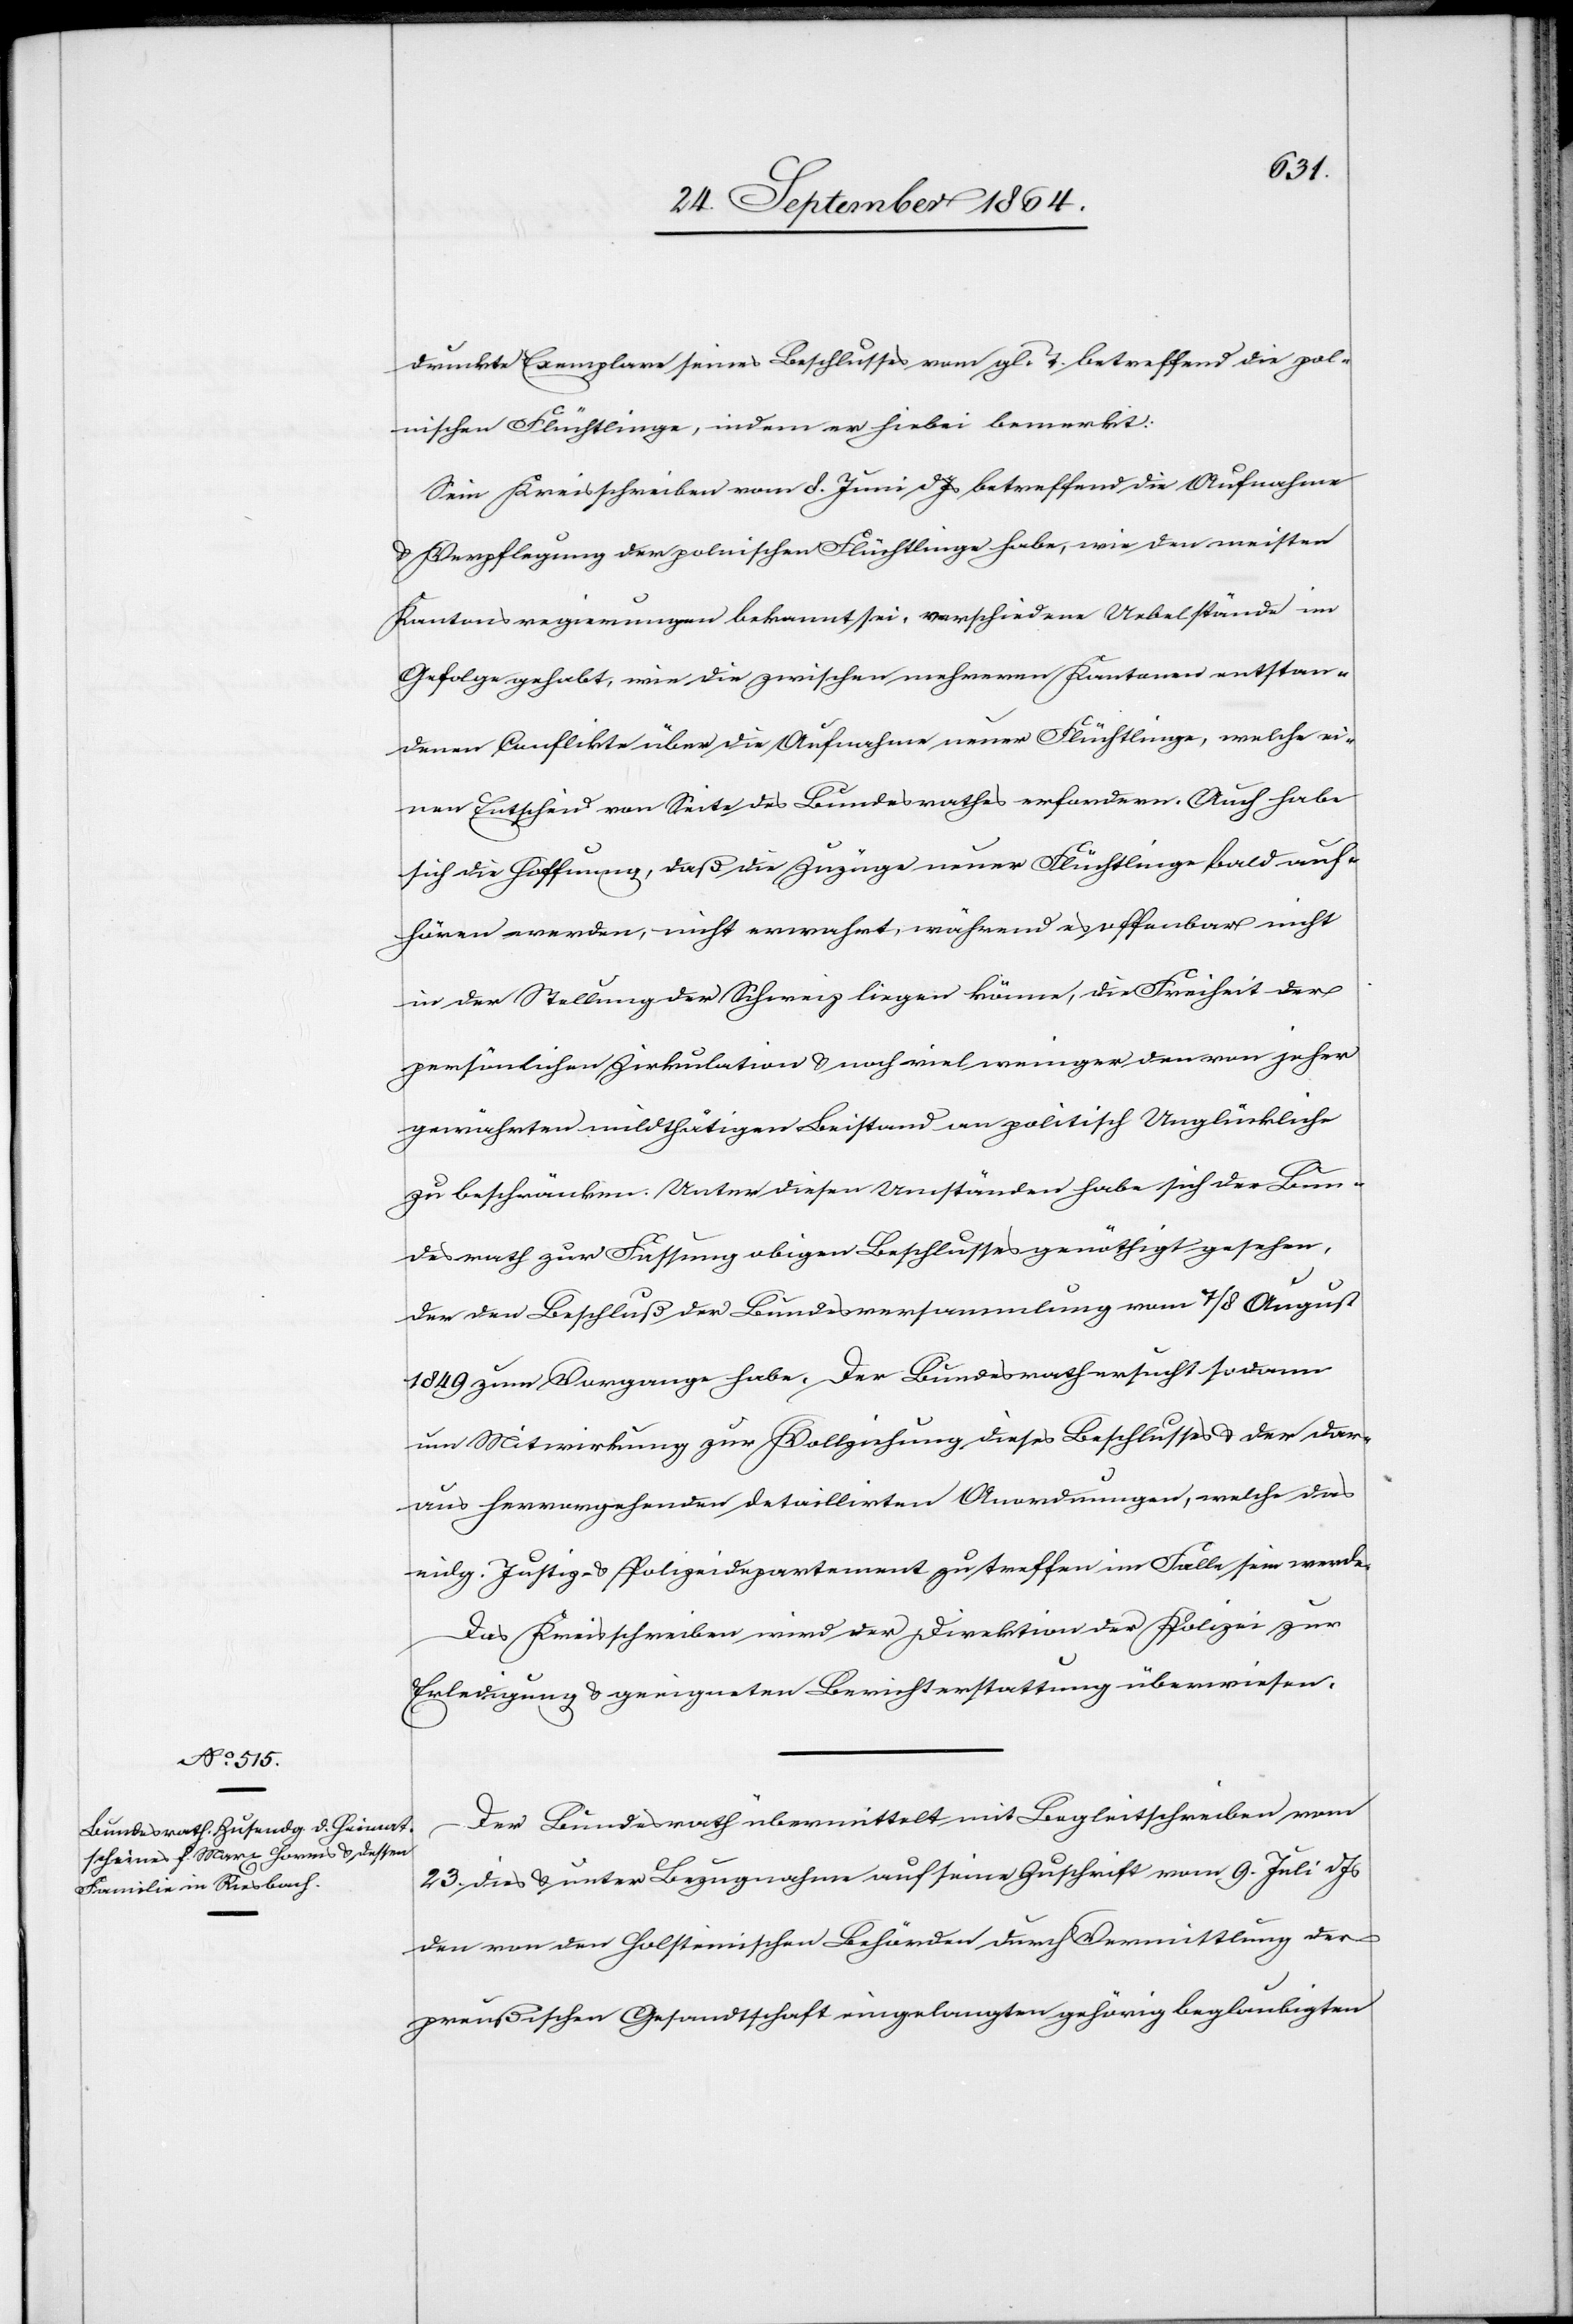
25. September 1864.]
druckte Exemplare seines Beschlusses vom gl. T. betreffend die pol¬
nischen Flüchtlinge, indem er hiebei bemerkt:
Sein Kreisschreiben vom 8. Juni d. Js betreffend die Aufnahme
& Verpflegung der polnischen Flüchtlinge habe, wie den meisten
Kantonsregierungen bekannt sei, verschiedene Uebelstände im
Gefolge gehabt, wie die zwischen mehreren Kantonen entstan¬
denen Conflikte über die Aufnahme neuer Flüchtlinge, welche ei¬
nen Entscheid von Seite des Bundesrathes erfordern. Auch habe
sich die Hoffnung, daß die Zuzüge neuer Flüchtlinge bald auf¬
hören werden, nicht erwahrt, während es offenbar nicht
in der Stellung der Schweiz liegen könne, die Freiheit der
persönlichen Zirkulation & noch viel weniger den von jeher
gewährten mildthätigen Beistand an politisch Unglückliche
zu beschränken. Unter diesen Umständen habe sich der Bun¬
desrath zur Fassung obigen Beschlusses genöthigt gesehen,
der den Beschluß der Bundesversammlung vom 7./8. August
1849 zum Vorgange habe. Der Bundesrath ersucht sodann
um Mitwirkung zur Vollziehung dieses Beschlusses & der dar¬
aus hervorgehenden detaillirten Anwendungen, welche das
eidg. Justiz- & Polizeidepartement zu treffen im Falle sein werde.
Das Kreisschreiben wird der Direktion der Polizei zur
Erledigung & geeigneten Berichterstattung überwiesen.
Der Bundesrath übermittelt mit Begleitschreiben vom
23. dies & unter Bezugnahme auf eine Zuschrift vom 9. Juli d. Js
den von den holsteinischen Behörden durch Vermittlung der
preußischen Gesandtschaft eingelangten gehörig beglaubigten